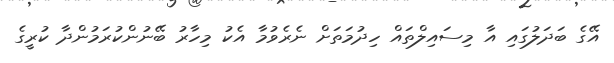
އޭގެ ބަދަލުގައި އާ މިސައިލްތައް ހިދުމަތަށް ނެރެވުމާ އެކު މިހާރު ބޭނުންކުރަމުންދާ ކުރީގެ